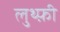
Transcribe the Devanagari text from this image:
लुथ्फ़ी